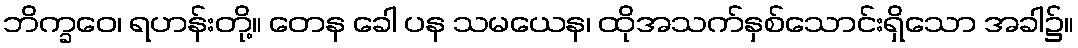
ဘိက္ခဝေ၊ ရဟန်းတို့။ တေန ခေါ ပန သမယေန၊ ထိုအသက်နှစ်သောင်းရှိသော အခါ၌။